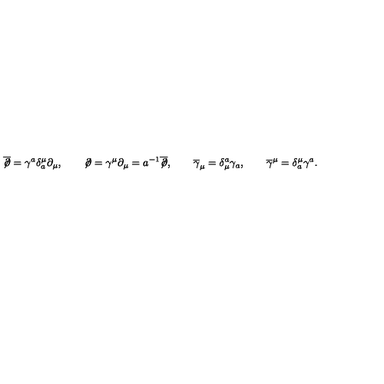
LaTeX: \overline { { \not \! \partial } } = \gamma ^ { a } \delta _ { a } ^ { \mu } \partial _ { \mu } , \qquad \not \! \partial = \gamma ^ { \mu } \partial _ { \mu } = a ^ { - 1 } \overline { { \not \! \partial } } , \qquad \overline { { \gamma } } _ { \mu } = \delta _ { \mu } ^ { a } \gamma _ { a } , \qquad \overline { { \gamma } } ^ { \mu } = \delta _ { a } ^ { \mu } \gamma ^ { a } .